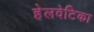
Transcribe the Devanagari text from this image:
हेलवेटिका